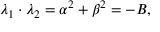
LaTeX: \lambda _ { 1 } \cdot \lambda _ { 2 } = \alpha ^ { 2 } + \beta ^ { 2 } = - B ,